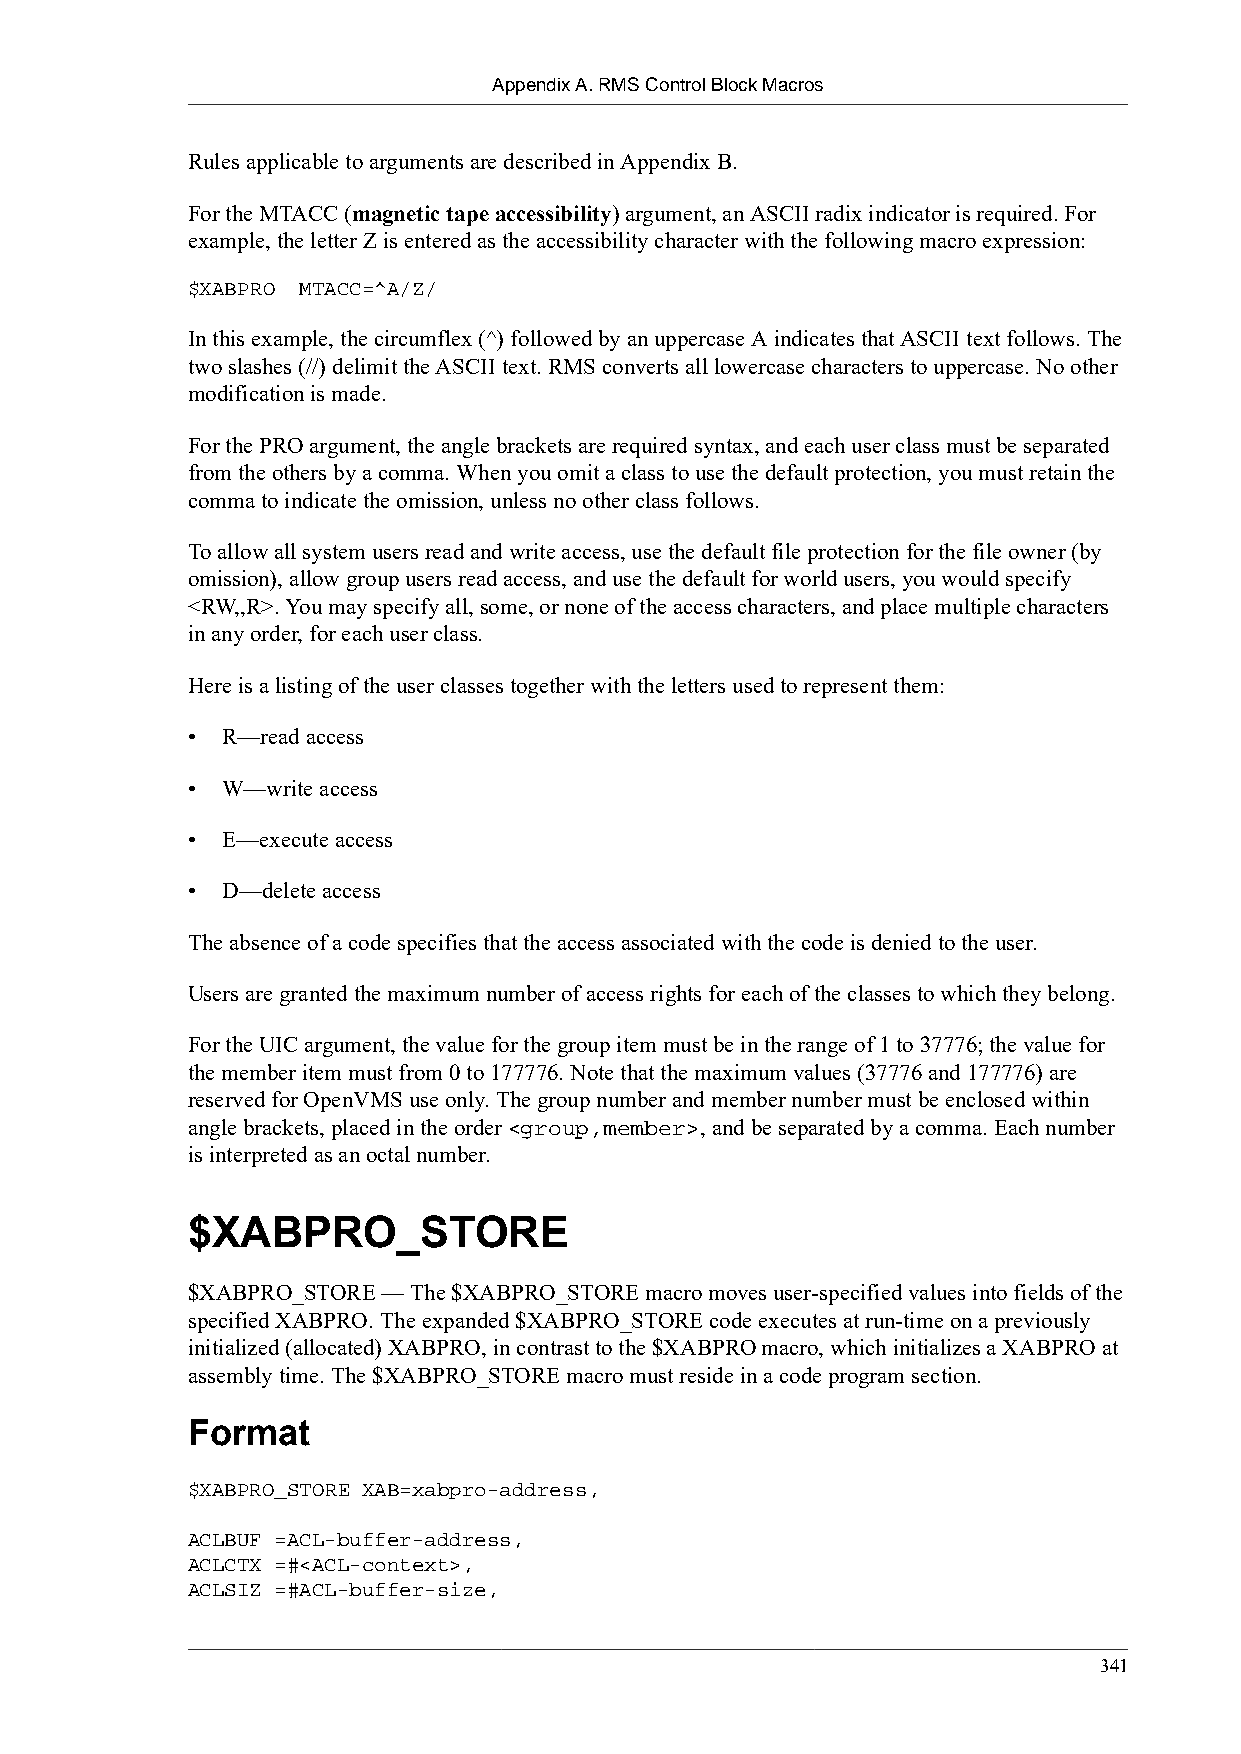
Appendix A. RMS Control Block Macros
 Rules applicable to arguments are described in Appendix B.
 For the MTACC (magnetic tape accessibility) argument, an ASCII radix indicator is required. For
 example, the letter Z is entered as the accessibility character with the following macro expression:
 $XABPRO MTACC=^A/Z/
 In this example, the circumflex (^) followed by an uppercase A indicates that ASCII text follows. The
 two slashes (//) delimit the ASCII text. RMS converts all lowercase characters to uppercase. No other
 modification is made.
 For the PRO argument, the angle brackets are required syntax, and each user class must be separated
 from the others by a comma. When you omit a class to use the default protection, you must retain the
 comma to indicate the omission, unless no other class follows.
 To allow all system users read and write access, use the default file protection for the file owner (by
 omission), allow group users read access, and use the default for world users, you would specify
 <RW,,R>. You may specify all, some, or none of the access characters, and place multiple characters
 in any order, for each user class.
 Here is a listing of the user classes together with the letters used to represent them:
 •  R—read access
 •  W—write access
 •  E—execute access
 •  D—delete access
 The absence of a code specifies that the access associated with the code is denied to the user.
 Users are granted the maximum number of access rights for each of the classes to which they belong.
 For the UIC argument, the value for the group item must be in the range of 1 to 37776; the value for
 the member item must from 0 to 177776. Note that the maximum values (37776 and 177776) are
 reserved for OpenVMS use only. The group number and member number must be enclosed within
 angle brackets, placed in the order <group,member>, and be separated by a comma. Each number
 is interpreted as an octal number.
 $XABPRO_STORE
 $XABPRO_STORE — The $XABPRO_STORE macro moves user-specified values into fields of the
 specified XABPRO. The expanded $XABPRO_STORE code executes at run-time on a previously
 initialized (allocated) XABPRO, in contrast to the $XABPRO macro, which initializes a XABPRO at
 assembly time. The $XABPRO_STORE macro must reside in a code program section.
 Format
 $XABPRO_STORE XAB=xabpro-address,
 ACLBUF =ACL-buffer-address,
 ACLCTX =#<ACL-context>,
 ACLSIZ =#ACL-buffer-size,
 341